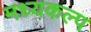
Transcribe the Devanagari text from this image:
मध्यकल्प